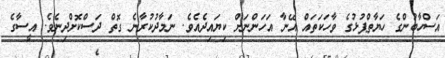
އަސްހާބުންގެ ހަޔާތްޕުޅުގެ ވާހަކަތައް އޭނާ އަހަންނަށް ކިޔައިދެއެވެ. ނަމާދުކުރާނެ ގޮތް ދަސްކޮށްދިނެވެ. އީސާގެ